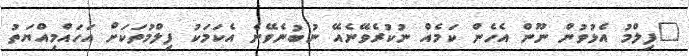
"ފިލްމު އެޅުވުން ނޫން އެހެން ކަމެއް ނުކުރެވޭނެއޭ ނުބުނެވޭނެ އެކަމަކު ފިލްމުތަކަށް އަހައްމިއްޔަތު